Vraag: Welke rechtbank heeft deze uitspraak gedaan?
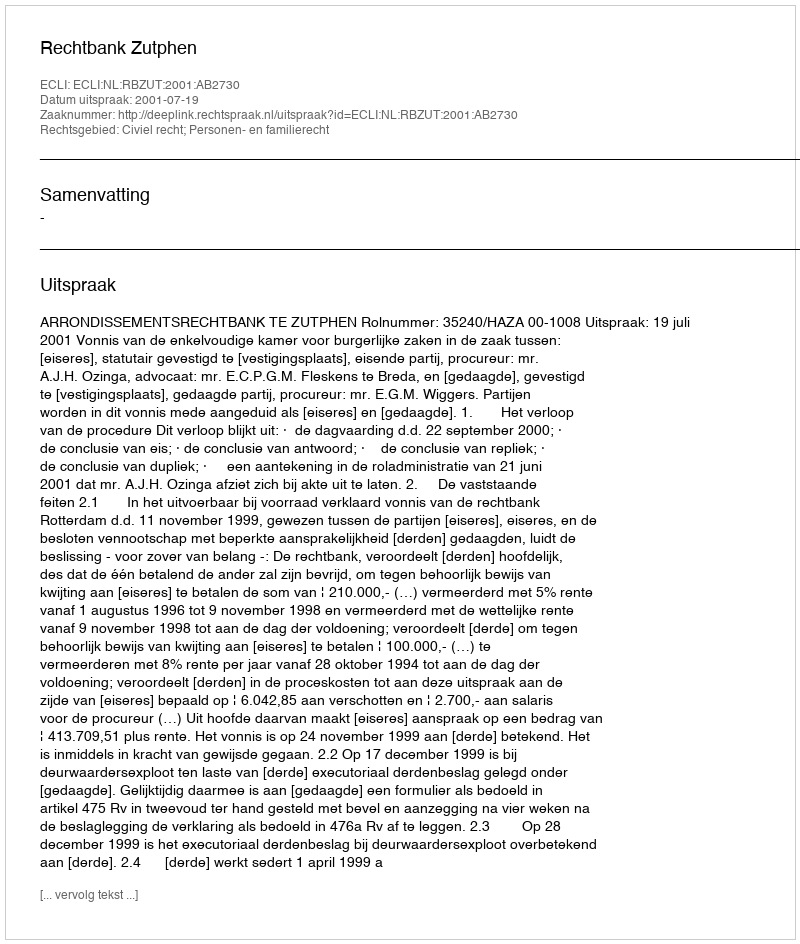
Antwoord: Rechtbank Zutphen